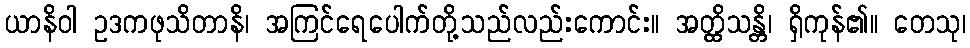
ယာနိဝါ ဥဒကဖုသိတာနိ၊ အကြင်ရေပေါက်တို့သည်လည်းကောင်း။ အတ္ထိသန္တိ၊ ရှိကုန်၏။ တေသု၊